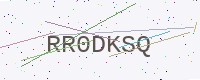
Text: RR0DKSQ